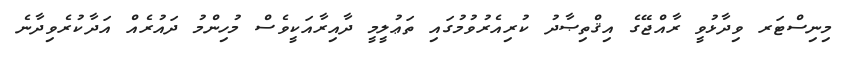
މިނިސްޓަރ ވިދާޅުވީ ރާއްޖޭގެ އިޤްތިޞާދު ކުރިއެރުވުމުގައި ތަޢުލީމީ ދާއިރާއަކީވެސް މުހިންމު ދައުރެއް އަދާކުރެވިދާނެ